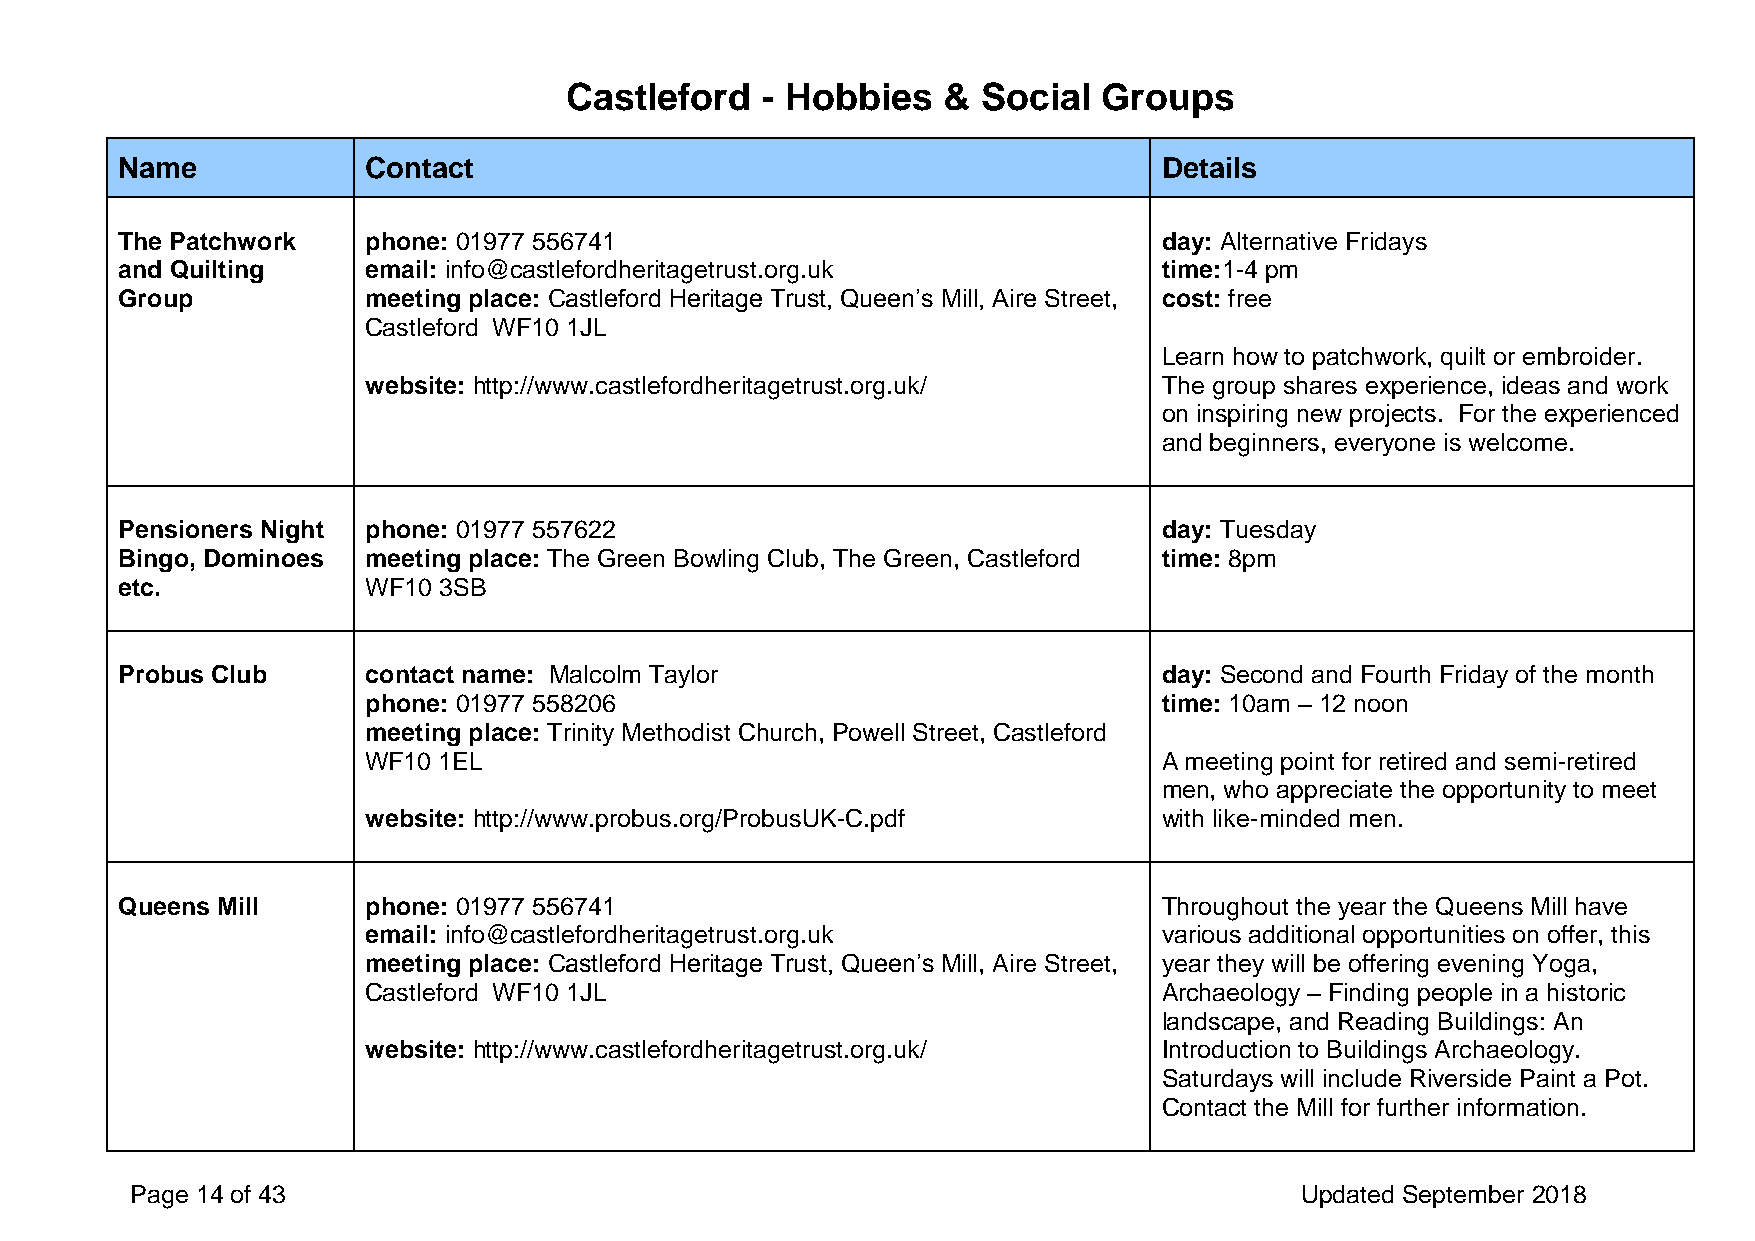
Castleford   - Hobbies   &  Social  Groups
 Name            Contact                                              Details
 The Patchwork   phone: 01977 556741                                  day: Alternative Fridays
 and Quilting    email: info@castlefordheritagetrust.org.uk           time:1-4 pm
 Group           meeting place: Castleford Heritage Trust, Queen’s Mill, Aire Street, cost: free
 Castleford WF10 1JL
 Learn how to patchwork, quilt or embroider.
 website: http://www.castlefordheritagetrust.org.uk/  The group shares experience, ideas and work
 on inspiring new projects. For the experienced
 and beginners, everyone is welcome.
 Pensioners Night phone: 01977 557622                                 day: Tuesday
 Bingo, Dominoes meeting place: The Green Bowling Club, The Green, Castleford time: 8pm
 etc.            WF10 3SB
 Probus Club     contact name: Malcolm Taylor                         day: Second and Fourth Friday of the month
 phone: 01977 558206                                  time: 10am – 12 noon
 meeting place: Trinity Methodist Church, Powell Street, Castleford
 WF10 1EL                                             A meeting point for retired and semi-retired
 men, who appreciate the opportunity to meet
 website: http://www.probus.org/ProbusUK-C.pdf        with like-minded men.
 Queens Mill     phone: 01977 556741                                  Throughout the year the Queens Mill have
 email: info@castlefordheritagetrust.org.uk           various additional opportunities on offer, this
 meeting place: Castleford Heritage Trust, Queen’s Mill, Aire Street, year they will be offering evening Yoga,
 Castleford WF10 1JL                                  Archaeology – Finding people in a historic
 landscape, and Reading Buildings: An
 website: http://www.castlefordheritagetrust.org.uk/  Introduction to Buildings Archaeology.
 Saturdays will include Riverside Paint a Pot.
 Contact the Mill for further information.
 Page 14 of 43                                                                Updated September 2018